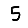
Digit: 5